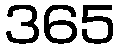
365